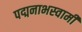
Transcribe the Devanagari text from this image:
पद्मनाभस्‍वामी